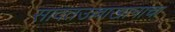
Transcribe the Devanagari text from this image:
सादतउल्लाखानाचा